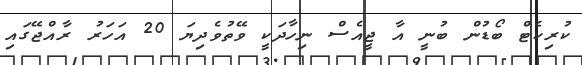
ކުރިކެޓް ބޯޑުން ބުނީ އާ ޖީއެސް ނިހާދަކީ ވޭތުވެދިޔަ 20 އަހަރު ރާއްޖޭގައި